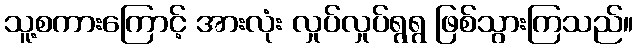
သူ့စကားကြောင့် အားလုံး လှုပ်လှုပ်ရွရွ ဖြစ်သွားကြသည်။